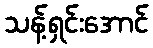
သန့်ရှင်းအောင်